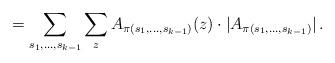
LaTeX: \begin{align*} = \sum_{s_1,\dots,s_{k-1}} \sum_z A_{\pi(s_1,\dots,s_{k-1})} (z) \cdot |A_{\pi(s_1,\dots,s_{k-1})}| \,.\end{align*}